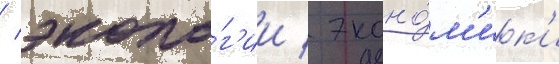
/ эколо́г'ии / эконо́м'ик'и